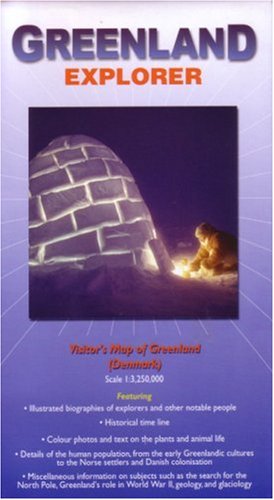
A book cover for Greenland 1:3.25M Explorer Map (Ocean Explorer Maps); Ocean Explorer; Travel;